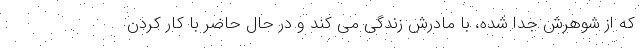
که از شوهرش جدا شده، با مادرش زندگی می کند و در حال حاضر با کار کردن